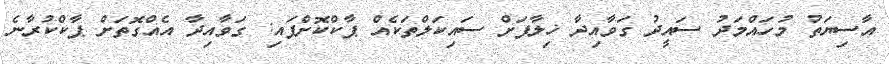
އާސިޔަތު މުހައްމަދު ސައީދު ގަވާއިދާ ޚިލާފަށް ސައިކަލްތަކެއް ޕާކްކޮށްފައި: ގަވާއިދާ އެއްގޮތަށް ޕާކްކުރާނެ